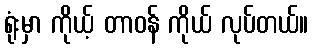
ရုံးမှာ ကိုယ့် တာဝန် ကိုယ် လုပ်တယ်။